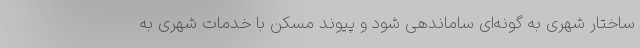
ساختار شهری به گونه‌ای ساماندهی شود و پیوند مسکن با خدمات شهری به